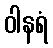
ဝါနရံ